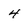
Character: 4